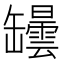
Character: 罎